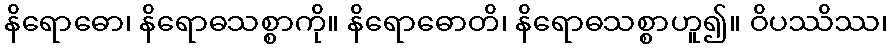
နိရောဓော၊ နိရောဓသစ္စာကို။ နိရောဓောတိ၊ နိရောဓသစ္စာဟူ၍။ ဝိပဿိဿ၊